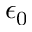
\epsilon _ { 0 }